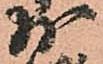
少